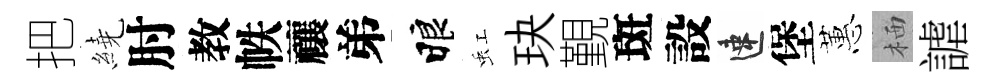
把繞肘教帙禳弟睱虹玦覲斑設速堡蕙栖謔